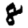
Digit: 8